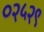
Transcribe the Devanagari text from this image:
०२५२९